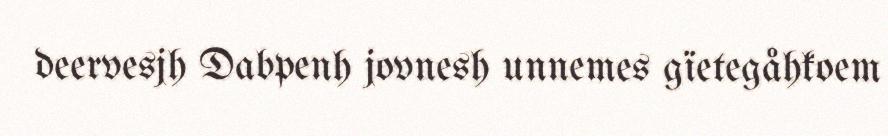
deervesjh Dabpenh jovnesh unnemes gïetegåhkoem